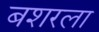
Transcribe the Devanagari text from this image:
बशरला